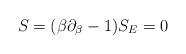
LaTeX: \begin{align*}S = (\beta \partial_{\beta} - 1) S_{E} = 0\end{align*}